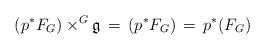
LaTeX: \begin{align*}(p^{*}F_{G})\times^{G}{\mathfrak{g}}\,=\,(p^{*}F_{G})\,=\, p^{*}(F_{G})\end{align*}